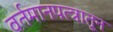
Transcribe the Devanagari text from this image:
वर्तमानपत्त्रातून